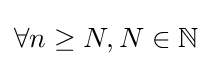
\forall n\geq N,N\in \mathbb {N}